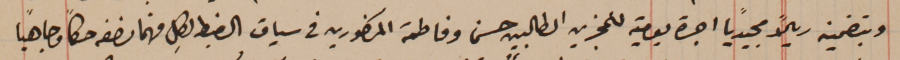
وبتضمين ريالاً مجيدياً اجرة يومية للمجزين الطالبين حسن وفاطمة المذكورين فى سياق الضبط لِكل منهما نصفه حكماً وجاهياً